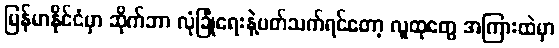
မြန်မာနိုင်ငံမှာ ဆိုက်ဘာ လုံခြုံရေးနဲ့ပတ်သက်ရင်တော့ လူထုတွေ အကြားထဲမှာ